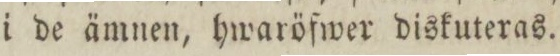
i de ämnen, hwaröfwer diskuteras.